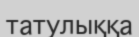
татулыққа